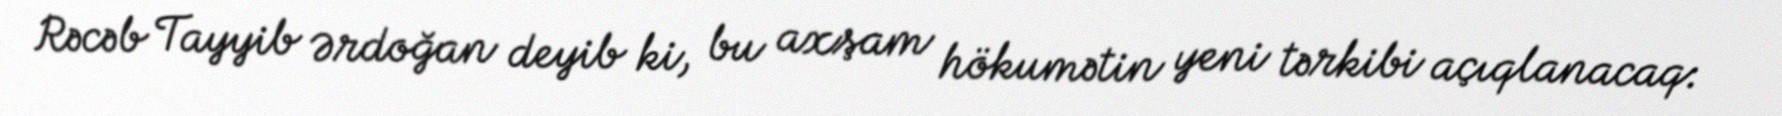
Rəcəb Tayyib Ərdoğan deyib ki, bu axşam hökumətin yeni tərkibi açıqlanacaq: